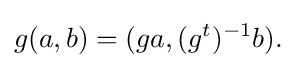
\displaystyle {g(a,b)=(ga,(g^{t})^{-1}b).}